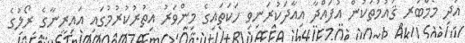
އަދި މެމްބަރ ޤައުމުތަކުން އުފައްދާ އިއާދަކުރަނިވި ހަކަތައިގެ މިންވަރު އިތުރުކުރުމުގައި އައިރީނާގެ ރޯލުގެ